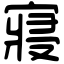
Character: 寢